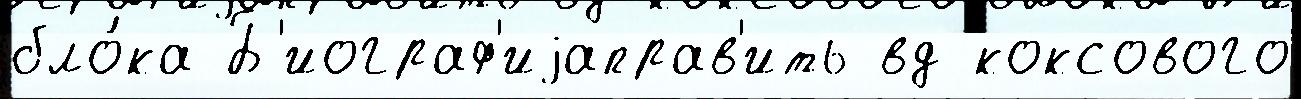
бло́ка Б'иограф'иjаправ'ить вд коксового